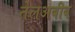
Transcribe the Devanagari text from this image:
तेलअबीब